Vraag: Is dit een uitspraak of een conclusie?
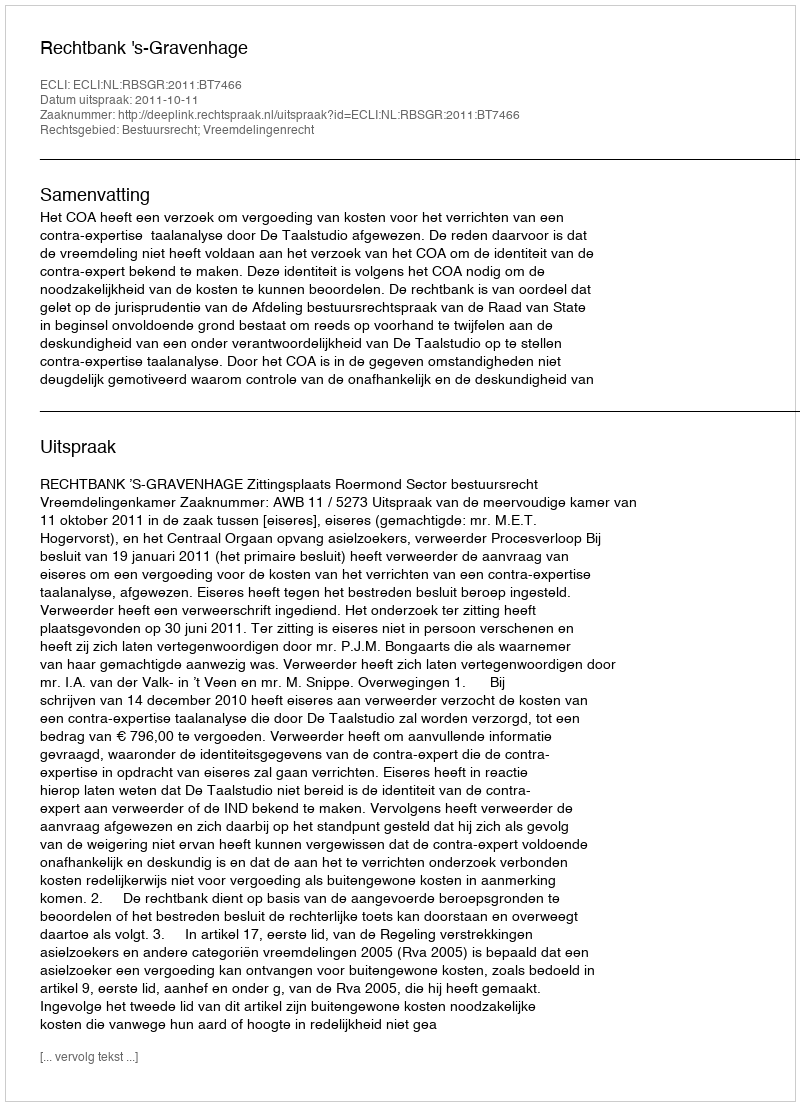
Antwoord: Uitspraak